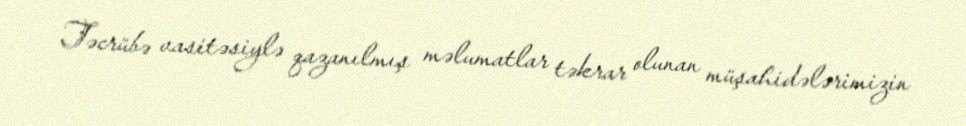
Təcrübə vasitəsiylə qazanılmış məlumatlar təkrar olunan müşahidələrimizin